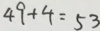
4 9 + 4 = 5 3